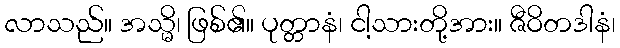
လာသည်။ အသ္မိ၊ ဖြစ်၏။ ပုတ္တာနံ၊ ငါ့သားတို့အား။ ဇီဝိတဒါနံ၊